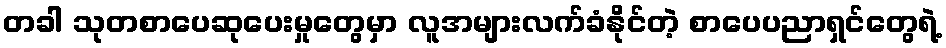
တခါ သုတစာပေဆုပေးမှုတွေမှာ လူအများလက်ခံနိုင်တဲ့ စာပေပညာရှင်တွေရဲ့